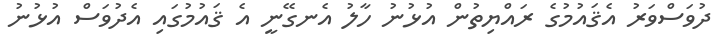
ދުވަސްވަރު އެޤައުމުގެ ރައްޔިތުން އުޅުނު ހާލު އެނގޭނީ އެ ޤައުމުގައި އެދުވަސް އުޅުނު